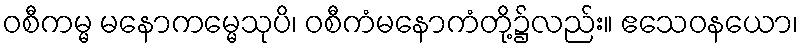
ဝစီကမ္မ မနောကမ္မေသုပိ၊ ဝစီကံမနောကံတို့၌လည်း။ ဧသေဝနယော၊